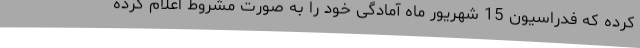
کرده که فدراسیون 15 شهریور ماه آمادگی خود را به صورت مشروط اعلام کرده